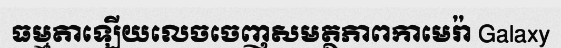
ធម្មតាឡើយលេចចេញសមត្ថភាពកាមេរ៉ា Galaxy